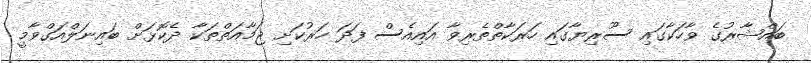
ބައްޝާރުގެ ވާހަކާގައި ސޫރިޔާގައި ހަރަކާތްތެރިވާ އައިއެސް ފަދަ ހަރުކަށި ޖަމާއަތްތަކާ ދެކޮޅަށް ބައިނަލްއަގްވާމީ